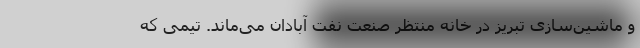
و ماشین‌سازی تبریز در خانه منتظر صنعت نفت آبادان می‌ماند. تیمی که